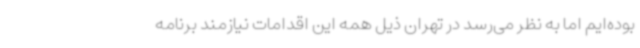
بوده‌ایم اما به نظر می‌رسد در تهران ذیل همه این اقدامات نیازمند برنامه